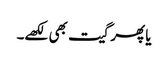
یا پھر گیت بھی لکھے۔